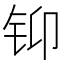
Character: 𲇳